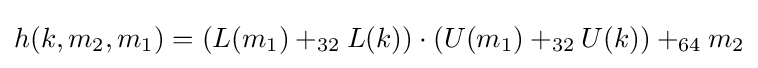
h(k,m_{2},m_{1})=(L(m_{1})+_{32}L(k))\cdot (U(m_{1})+_{32}U(k))+_{64}m_{2}